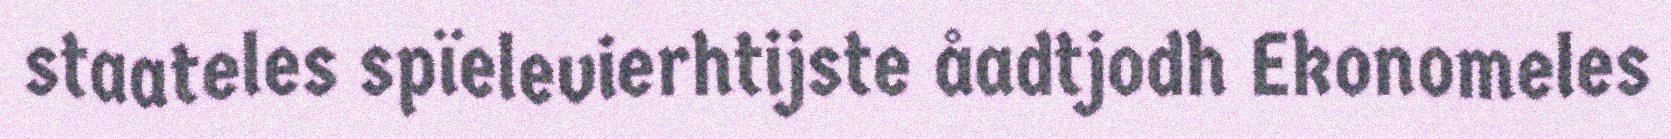
staateles spïelevierhtijste åadtjodh Ekonomeles